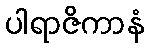
ပါရာဇိကာနံ